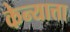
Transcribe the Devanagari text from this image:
केन्यात्ता